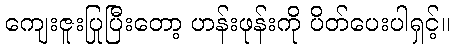
ကျေးဇူးပြုပြီးတော့ ဟန်းဖုန်းကို ပိတ်ပေးပါရှင့်။